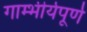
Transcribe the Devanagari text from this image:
गाम्भीर्यपूर्ण